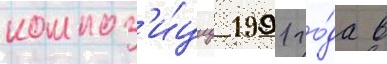
композ'и́циу 1991 го́да в